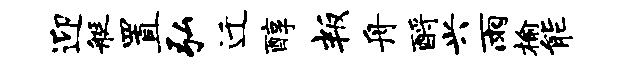
迎艇置弘迁醇叛舟酹兴雨榆能